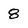
Character: 8